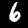
Digit: 6